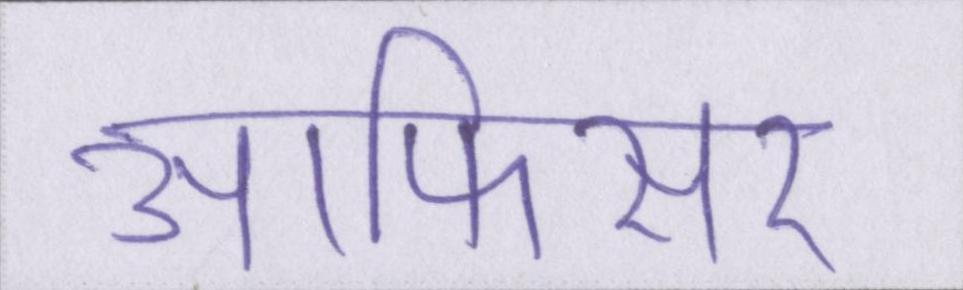
आफिसर